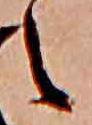
え